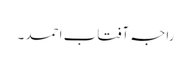
راجہ آفتاب احمد ۔